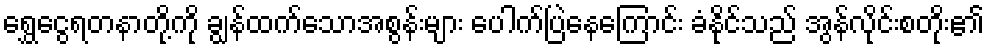
ရွှေငွေရတနာတို့ကို ချွန်ထက်သောအစွန်းများ ပေါက်ပြဲနေကြောင်း ခံနိုင်သည် အွန်လိုင်းစတိုး၏